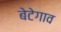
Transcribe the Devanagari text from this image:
बेटेगाव